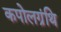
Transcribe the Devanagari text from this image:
कपोलग्रंथि